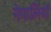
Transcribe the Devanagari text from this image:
नेपालियोँ